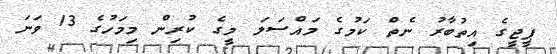
ޕީޖީގެ އިތުބާރު ނެތް ކަމުގެ މައްސަލަ މީގެ ކުރިން މިމަހުގެ 13 ވަނަ